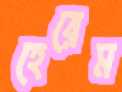
হেরেম